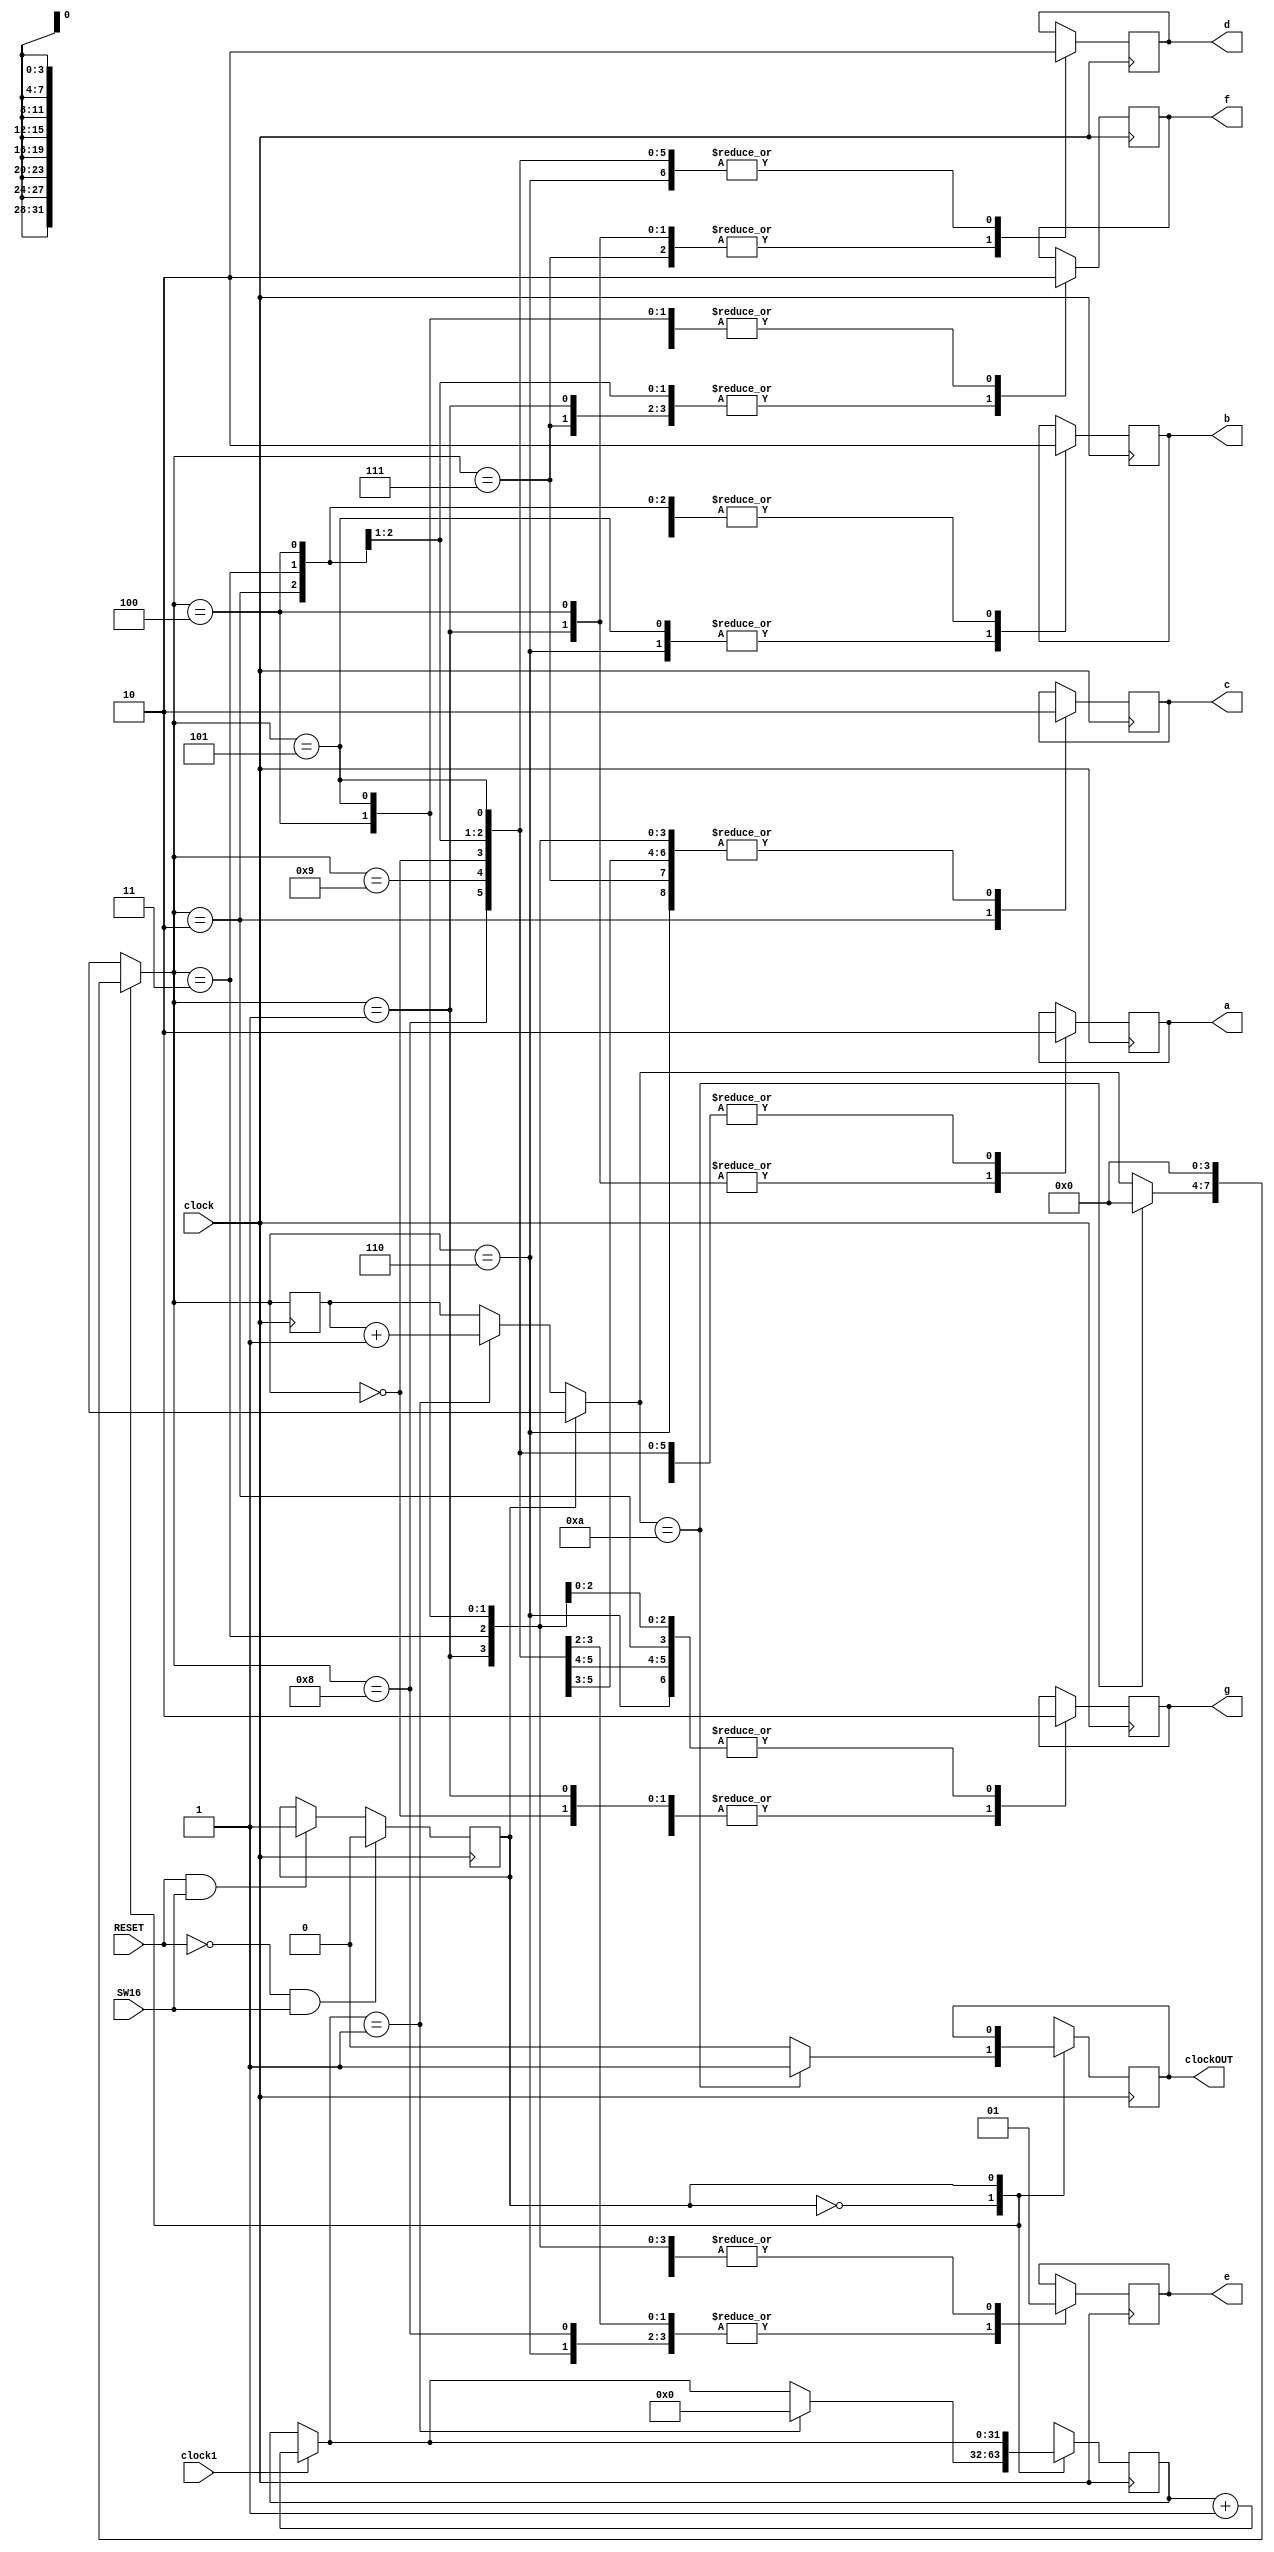
module segundos1e2C(clock1, clock, SW16, RESET, clockOUT, a, b, c, d, e, f, g);

input SW16, clock1, clock, RESET;
output reg clockOUT, a, b, c, d, e, f, g;
reg estado;
reg [31:0]count;
reg [3:0]segundo;

initial count = 0;
initial clockOUT = 0;

always @(posedge clock) begin	
	if(RESET == 0 && SW16==1)
		estado = 0;
	else if(RESET == 1 && SW16==1)
		estado = 1;	
end

always @(posedge clock) begin

	case(clock1)
		1 :	count = count + 1;
	endcase
	
	case(estado)
		0 : begin				
				if(count == 1)begin
					segundo = segundo + 1; 
					count = 0;
					end
				if(segundo == 10)begin
					clockOUT = 1;
					segundo = 0;
					end
				else
					clockOUT = 0;
			end			
		1 : begin
				segundo = 0;
			end					
	endcase		
	
	case(segundo)
			0 : begin a <= 0 ; b <= 0 ; c <= 0 ; d <= 0 ; e <= 0 ; f <= 0 ; g <= 1 ;end
			1 : begin a <= 1 ; b <= 0 ; c <= 0 ; d <= 1 ; e <= 1 ; f <= 1 ; g <= 1 ;end
			2 : begin a <= 0 ; b <= 0 ; c <= 1 ; d <= 0 ; e <= 0 ; f <= 1 ; g <= 0 ;end
			3 : begin a <= 0 ; b <= 0 ; c <= 0 ; d <= 0 ; e <= 1 ; f <= 1 ; g <= 0 ;end
			4 : begin a <= 1 ; b <= 0 ; c <= 0 ; d <= 1 ; e <= 1 ; f <= 0 ; g <= 0 ;end
			5 : begin a <= 0 ; b <= 1 ; c <= 0 ; d <= 0 ; e <= 1 ; f <= 0 ; g <= 0 ;end
			6 : begin a <= 0 ; b <= 1 ; c <= 0 ; d <= 0 ; e <= 0 ; f <= 0 ; g <= 0 ;end
			7 : begin a <= 0 ; b <= 0 ; c <= 0 ; d <= 1 ; e <= 1 ; f <= 1 ; g <= 1 ;end
			8 : begin a <= 0 ; b <= 0 ; c <= 0 ; d <= 0 ; e <= 0 ; f <= 0 ; g <= 0 ;end
			9 : begin a <= 0 ; b <= 0 ; c <= 0 ; d <= 0 ; e <= 1 ; f <= 0 ; g <= 0 ;end
		endcase
end
endmodule